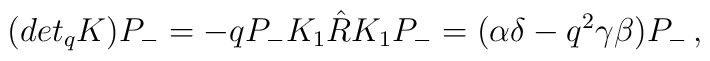
(det_{q} K) P_{-} = -q P_{-} K_{1} \hat{R} K_{1} P_{-} = (\alpha \delta -q^{2} \gamma \beta ) P_{-}\,,